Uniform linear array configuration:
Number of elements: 4
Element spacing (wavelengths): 0.5
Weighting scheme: cosine
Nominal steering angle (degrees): -15
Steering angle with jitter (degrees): -13.194
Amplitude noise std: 0.05
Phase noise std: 0.05

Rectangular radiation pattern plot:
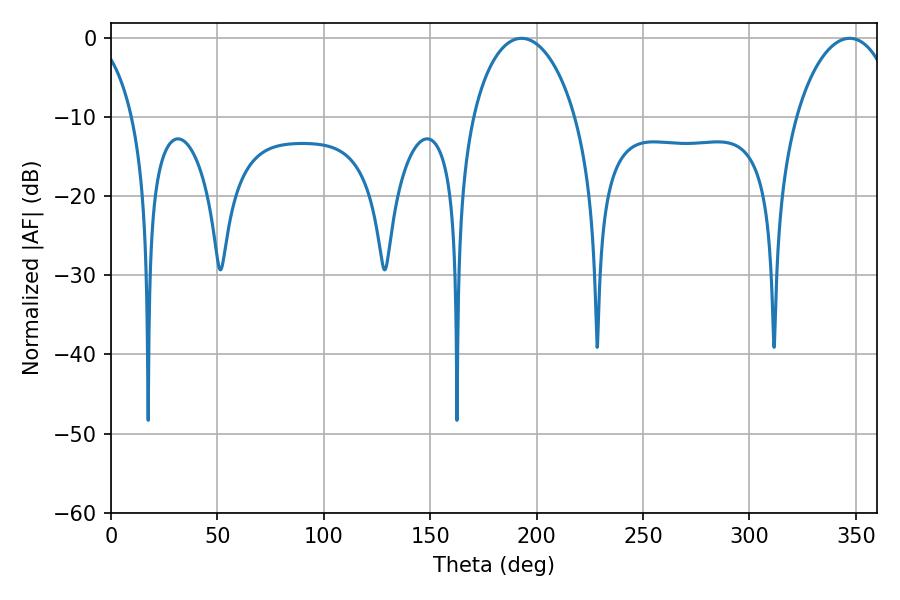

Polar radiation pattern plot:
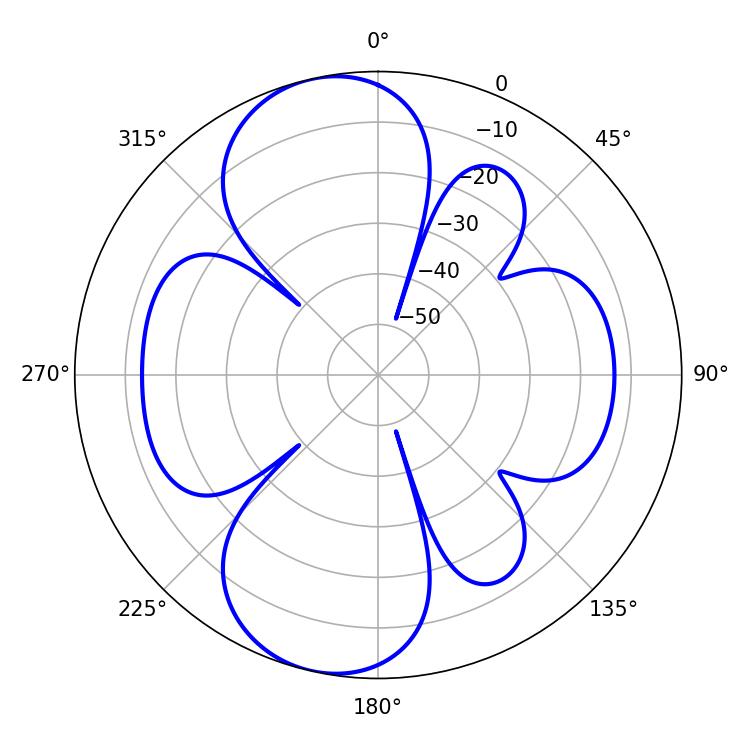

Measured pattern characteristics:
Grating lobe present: FALSE
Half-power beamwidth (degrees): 27.72
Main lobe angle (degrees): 192.96